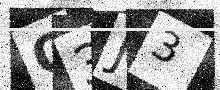
Text: Q3J3